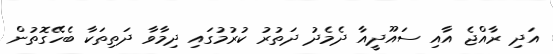
އަދި ރާއްޖެ އާއި ސައޫދީއާ ދެމެދު ދަތުރު ކުރުމުގައި ދިމާވާ ދަތިތަކާ ބެހޭގޮތުން